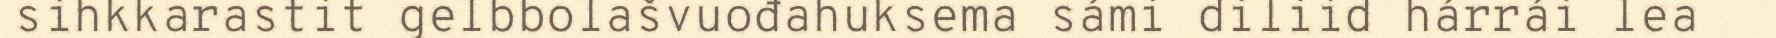
sihkkarastit gelbbolašvuođahuksema sámi diliid hárrái lea